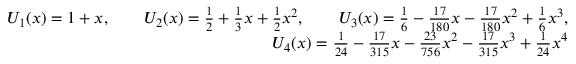
\begin{array} { r l r } & { } & { U _ { 1 } ( x ) = 1 + x , \qquad U _ { 2 } ( x ) = \frac { 1 } { 2 } + \frac { 1 } { 3 } x + \frac { 1 } { 2 } x ^ { 2 } , \qquad U _ { 3 } ( x ) = \frac { 1 } { 6 } - \frac { 1 7 } { 1 8 0 } x - \frac { 1 7 } { 1 8 0 } x ^ { 2 } + \frac { 1 } { 6 } x ^ { 3 } , } \\ & { } & { U _ { 4 } ( x ) = \frac { 1 } { 2 4 } - \frac { 1 7 } { 3 1 5 } x - \frac { 2 3 } { 7 5 6 } x ^ { 2 } - \frac { 1 7 } { 3 1 5 } x ^ { 3 } + \frac { 1 } { 2 4 } x ^ { 4 } } \end{array}